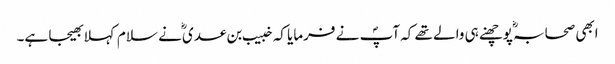
ابھی صحابہؓ پوچھنے ہی والے تھے کہ آپؐ نے فرمایا کہ خبیب بن عدی ؓنے سلام کہلا بھیجا ہے۔